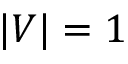
| V | = 1